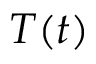
T ( t )